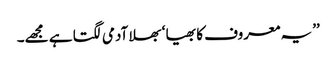
’’یہ معروف کا بھیا ‘ بھلا آدمی لگتا ہے مجھے۔